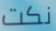
نكت